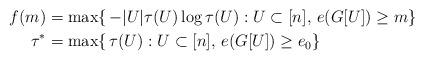
LaTeX: \begin{align*} f(m) &= \max\{\, - |U| \tau(U) \log \tau(U) : U \subset [n],\, e(G[U]) \ge m \} \\ \tau^* &= \max\{\, \tau(U) : U \subset [n],\, e(G[U]) \ge e_0 \}\end{align*}